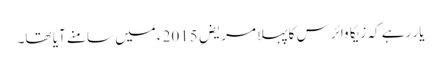
یار رہے کہ زیکا وائرس کا پہلا مریض 2015ء میں سامنے آیا تھا۔